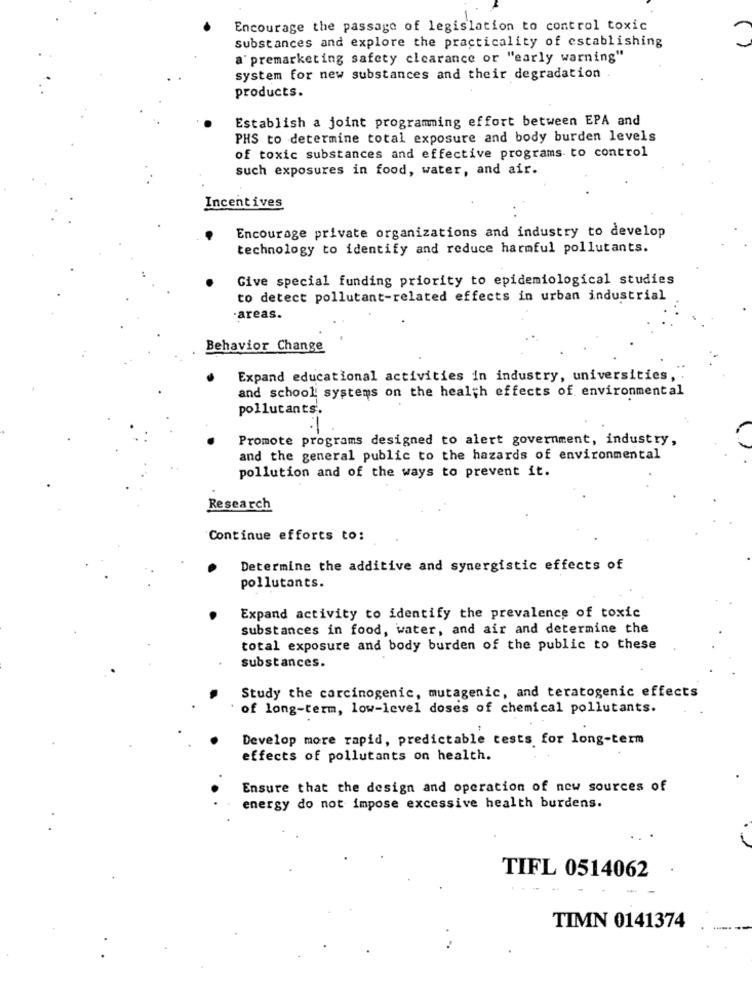
Encourage the passage of legislation to control toxic
substances and explore the practicality of establishing
a' premarketing safety clearance or "early warning"
system for new substances and their degradation
products.
Establish a joint programming effort between EPA and
PHS to determine total exposure and body burden levels
of toxic substances and effective programs to control
such exposures in food, water, and air.
Incentives
Encourage private organizations and industry to develop
technology to identify and reduce harmful pollutants.
Give special funding priority to epidemiological studies
to detect pollutant-related effects in urban industrial
-areas.
Behavior Change
Expand educational activities in industry, universities,
and school systems on the health effects of environmental
pollutants.
-
Promote programs designed to alert government, industry,
and the general public to the hazards of environmental
pollution and of the ways to prevent it.
Research
Continue efforts to:
Determine the additive and synergistic effects of
pollutants.
Expand activity to identify the prevalence of toxic
substances in food, water, and air and determine the
total exposure and body burden of the public to these
substances.
Study the carcinogenic, mutagenic, and teratogenic effects
of long-term, low-level doses of chemical pollutants.
Develop more rapid, predictable tests for long-term
effects of pollutants on health.
Ensure that the design and operation of new sources of
energy do not impose excessive health burdens.
TIFL 0514062
TIMN 0141374